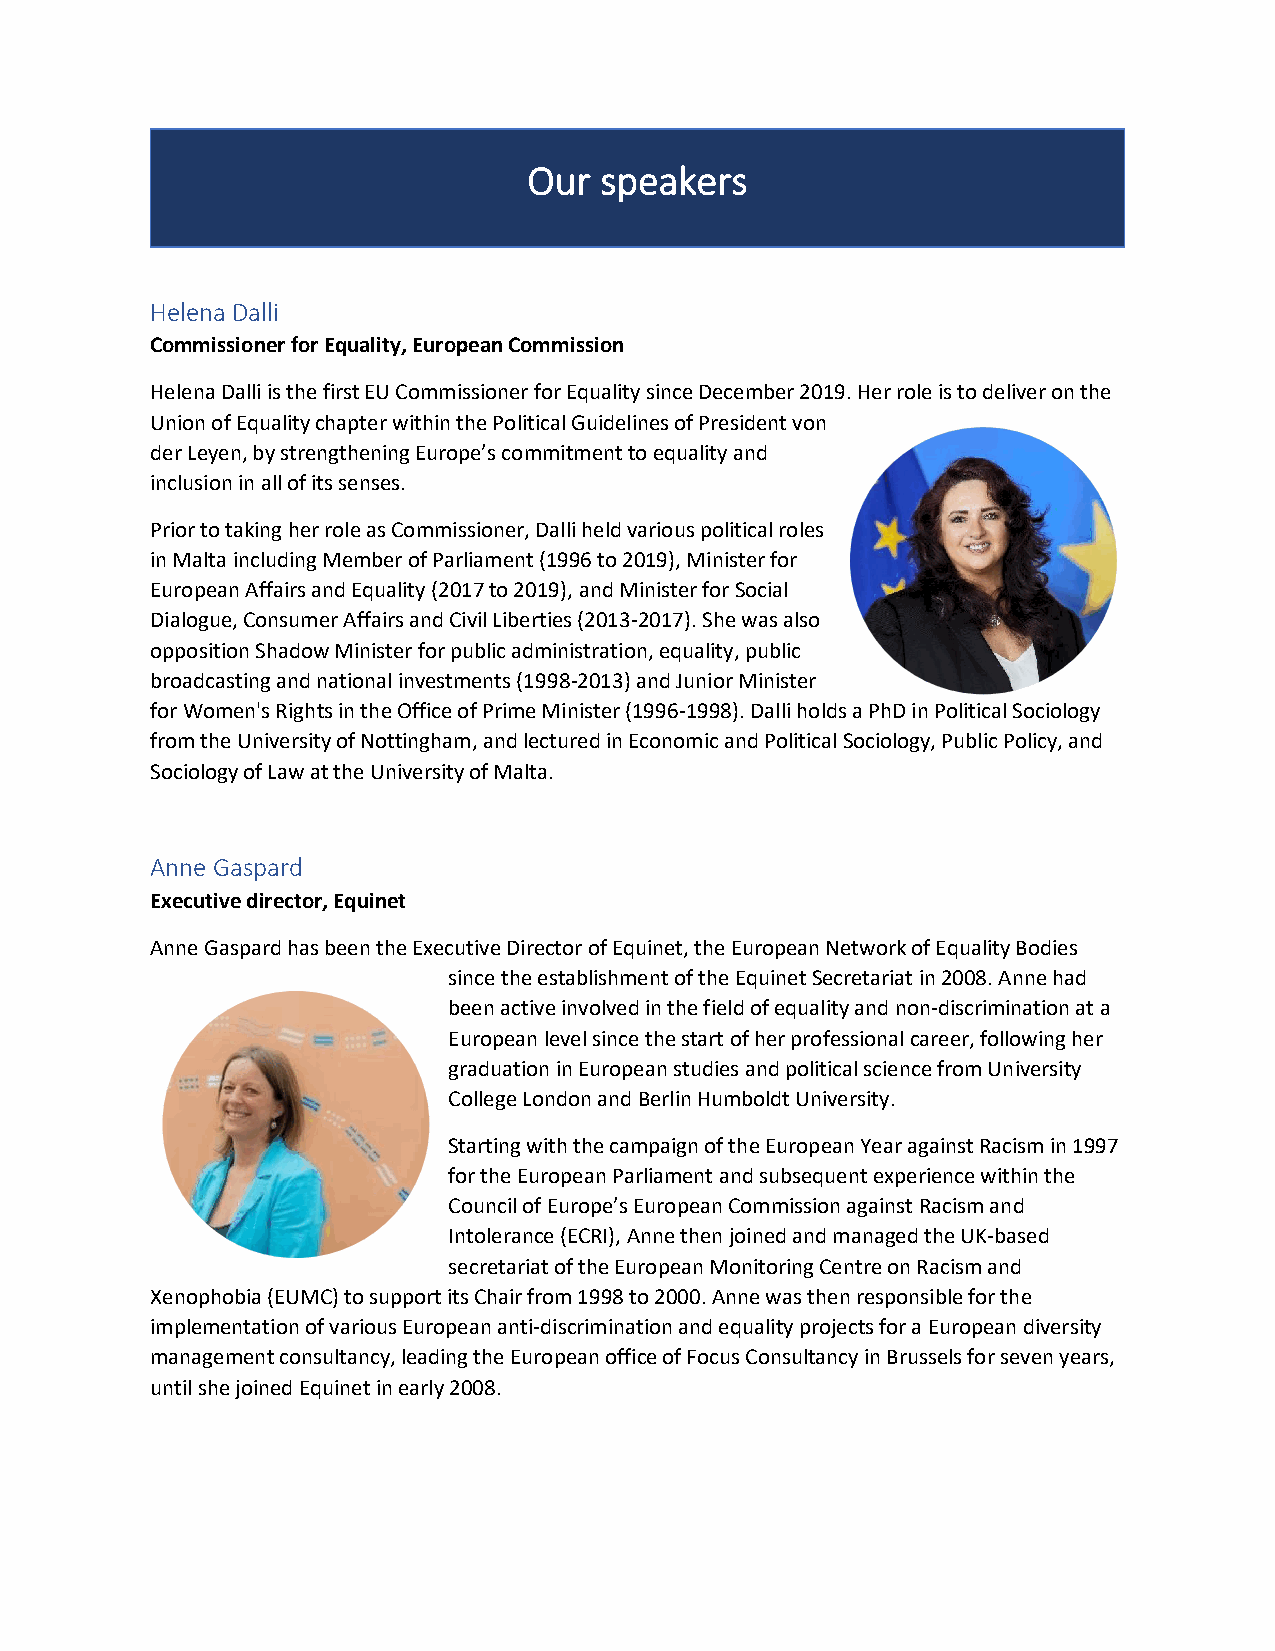
Our  speakers
 Helena Dalli
 Commissioner for Equality, European Commission
 Helena Dalli is the first EU Commissioner for Equality since December 2019. Her role is to deliver on the
 Union of Equality chapter within the Political Guidelines of President von
 der Leyen, by strengthening Europe’s commitment to equality and
 inclusion in all of its senses.
 Prior to taking her role as Commissioner, Dalli held various political roles
 in Malta including Member of Parliament (1996 to 2019), Minister for
 European Affairs and Equality (2017 to 2019), and Minister for Social
 Dialogue, Consumer Affairs and Civil Liberties (2013-2017). She was also
 opposition Shadow Minister for public administration, equality, public
 broadcasting and national investments (1998-2013) and Junior Minister
 for Women's Rights in the Office of Prime Minister (1996-1998). Dalli holds a PhD in Political Sociology
 from the University of Nottingham, and lectured in Economic and Political Sociology, Public Policy, and
 Sociology of Law at the University of Malta.
 Anne Gaspard
 Executive director, Equinet
 Anne Gaspard has been the Executive Director of Equinet, the European Network of Equality Bodies
 since the establishment of the Equinet Secretariat in 2008. Anne had
 been active involved in the field of equality and non-discrimination at a
 European level since the start of her professional career, following her
 graduation in European studies and political science from University
 College London and Berlin Humboldt University.
 Starting with the campaign of the European Year against Racism in 1997
 for the European Parliament and subsequent experience within the
 Council of Europe’s European Commission against Racism and
 Intolerance (ECRI), Anne then joined and managed the UK-based
 secretariat of the European Monitoring Centre on Racism and
 Xenophobia (EUMC) to support its Chair from 1998 to 2000. Anne was then responsible for the
 implementation of various European anti-discrimination and equality projects for a European diversity
 management consultancy, leading the European office of Focus Consultancy in Brussels for seven years,
 until she joined Equinet in early 2008.